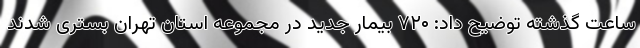
ساعت گذشته توضیح داد: ۷۲۰ بیمار جدید در مجموعه استان تهران بستری شدند